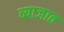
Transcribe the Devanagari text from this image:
व्याजात